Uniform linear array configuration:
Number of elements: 4
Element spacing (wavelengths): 0.5
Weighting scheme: hamming
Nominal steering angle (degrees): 45
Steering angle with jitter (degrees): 45.669
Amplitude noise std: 0.05
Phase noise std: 0.05

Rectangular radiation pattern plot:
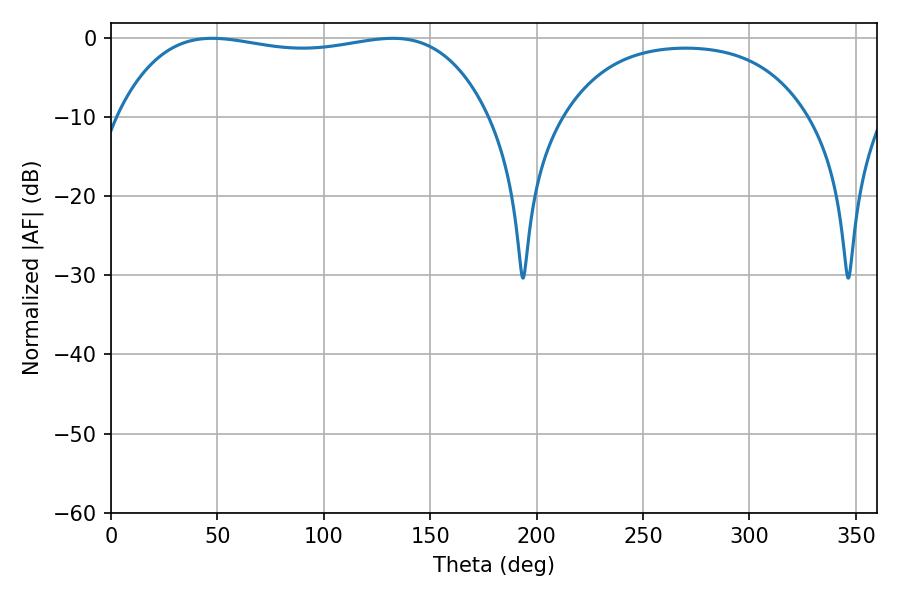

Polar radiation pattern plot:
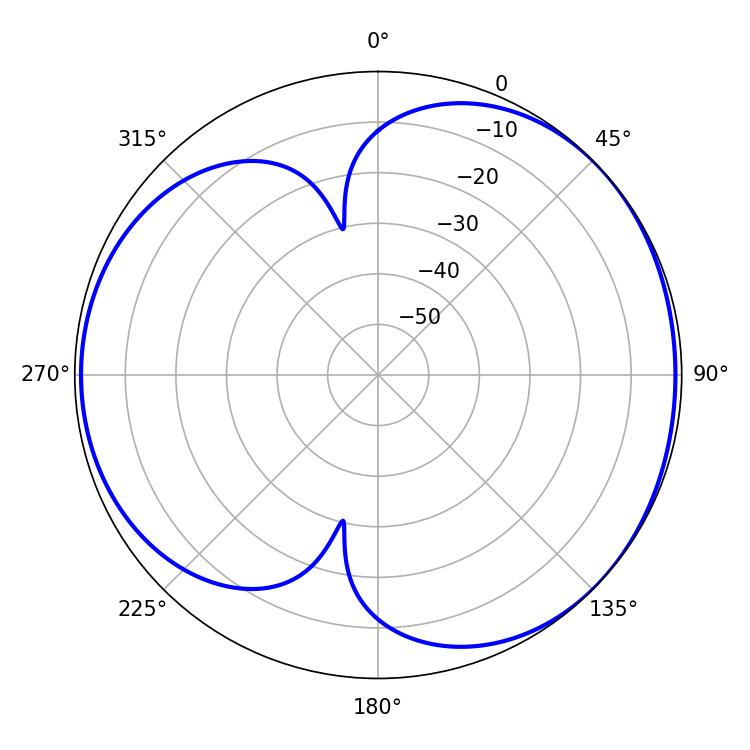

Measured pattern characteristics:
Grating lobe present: FALSE
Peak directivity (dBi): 4.287
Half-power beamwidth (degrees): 140.04
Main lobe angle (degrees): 47.52